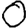
Digit: 0